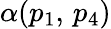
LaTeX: \alpha(p_{1},\, p_{4})